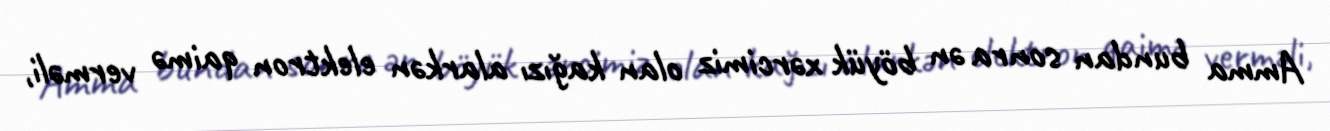
Amma bundan sonra ən böyük xərcimiz olan kağızı alarkən elektron qaimə verməli,